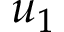
u _ { 1 }